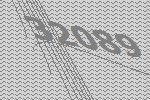
32089